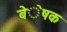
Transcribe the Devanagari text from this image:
बेेेेेषक